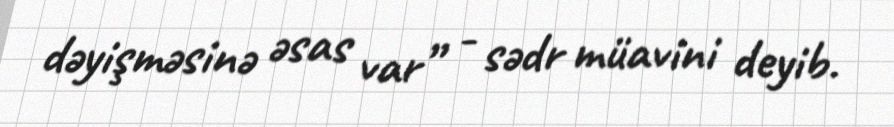
dəyişməsinə əsas var” - sədr müavini deyib.